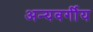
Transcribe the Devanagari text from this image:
अन्यवर्गीय